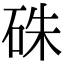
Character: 硃